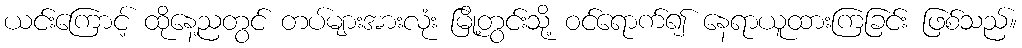
ယင်းကြောင့် ထိုနေ့ညတွင် တပ်များအားလုံး မြို့တွင်းသို့ ဝင်ရောက်၍ နေရာယူထားကြခြင်း ဖြစ်သည်။